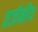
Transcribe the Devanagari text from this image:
तर्जनीय